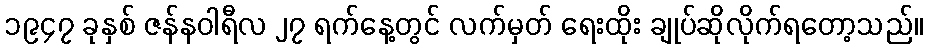
၁၉၄၇ ခုနှစ် ဇန်နဝါရီလ ၂၇ ရက်နေ့တွင် လက်မှတ် ရေးထိုး ချုပ်ဆိုလိုက်ရတော့သည်။